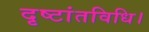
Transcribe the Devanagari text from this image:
दृष्टांतविधि।